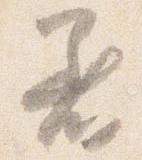
着